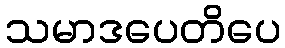
သမာဒပေတိပေ